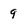
Character: 9